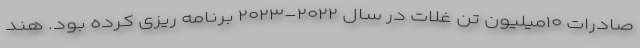
صادرات ۱۰میلیون تن غلات در سال ۲۰۲۲-۲۰۲۳ برنامه ریزی کرده بود. هند